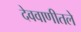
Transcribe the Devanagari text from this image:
देववाणीतले